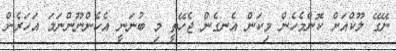
ނޭގޭ ލޫކްއަށް ކޮންމެހެން މިކަން އެނގެން ޖެހޭތީ މި ބުނަނީ އެހެންނޫންނަމަ އަހަރެން